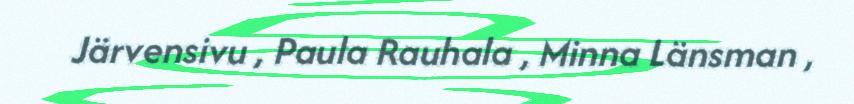
Järvensivu , Paula Rauhala , Minna Länsman ,